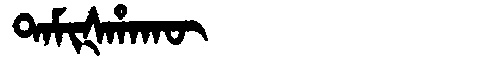
Manchu: ᡨᠠᠮᡳᡧᡥᠠᡴᡡ
Romanization: TAMIŠHAKŪ